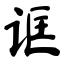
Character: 诓